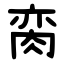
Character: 脔